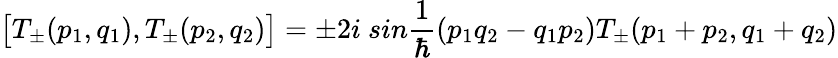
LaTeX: \bigl[T_{\pm}(p_{1},q_{1}),T_{\pm}(p_{2},q_{2})\bigr]=\pm 2i\ sin\frac{1}{\hbar}(p_{1}q_{2}-q_{1}p_{2})T_{\pm}(p_{1}+p_{2},q_{1}+q_{2})